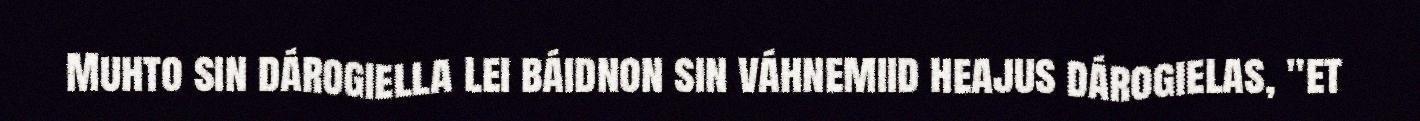
Muhto sin dárogiella lei báidnon sin váhnemiid heajus dárogielas, "et